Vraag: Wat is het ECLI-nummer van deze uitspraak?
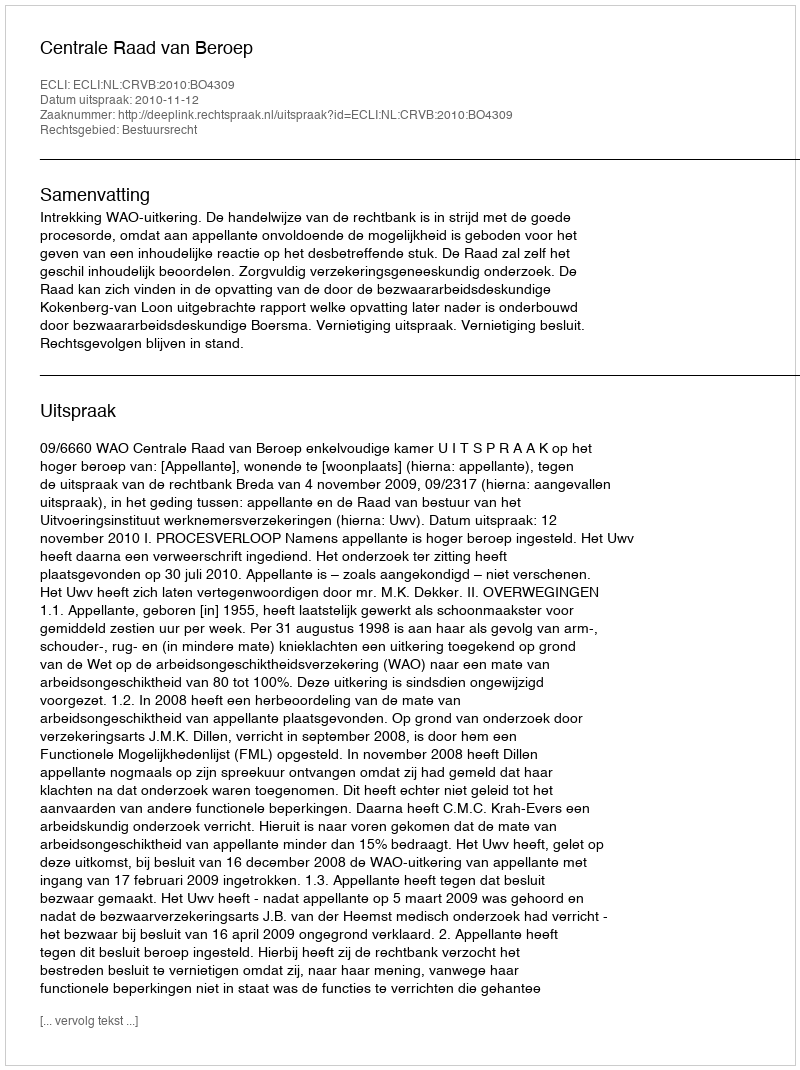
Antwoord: ECLI:NL:CRVB:2010:BO4309